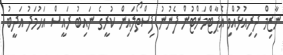
ނާޒިމް ދިރިއުޅުއްވި އެޕާޓްމަންޓުން ފެނުނު ފިސްތޯލައިން ކުރީގެ ނައިބު ރައީސް އަހުމަދު އަދީބު